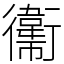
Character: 䘙